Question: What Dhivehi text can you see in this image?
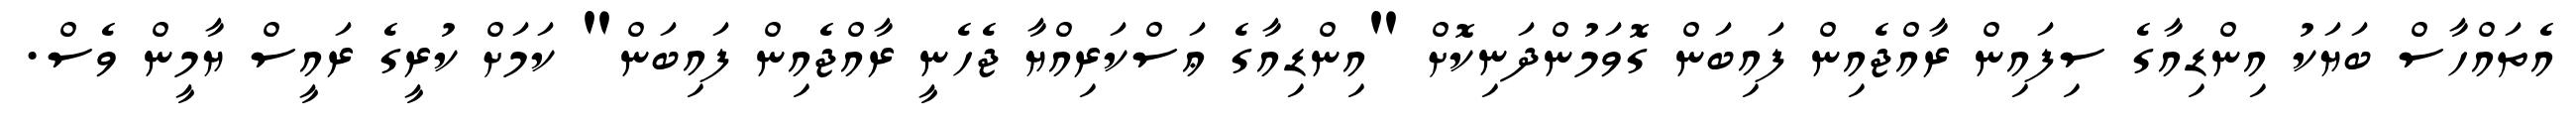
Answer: އެތައްހާސް ބަޔަކު އިންޑިއާގެ ސިފައިން ރާއްޖެއިން ފައިބަން ގޮވަމުންދަނިކޮށް "އިންޑިއާގެ ޢަސްކަރިއްޔާ ޖެހެނީ ރާއްޖެއިން ފައިބަން" ކަމަށް ކުރީގެ ރައީސް ޔާމީން ވެސް.